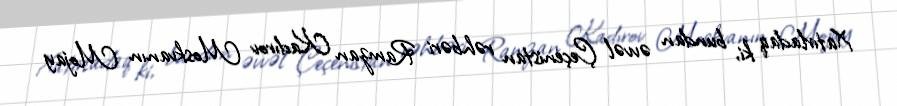
Xatırladaq ki, bundan əvvəl Çeçenistan rəhbəri Ramzan Kadırov Moskvanın Mojay